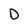
Character: D